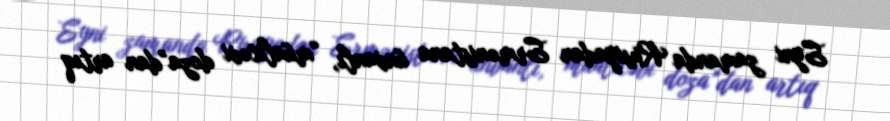
Eyni zamanda Rusiyadan Ermənistana ünvanlı, “müalicəvi doza”dan artıq